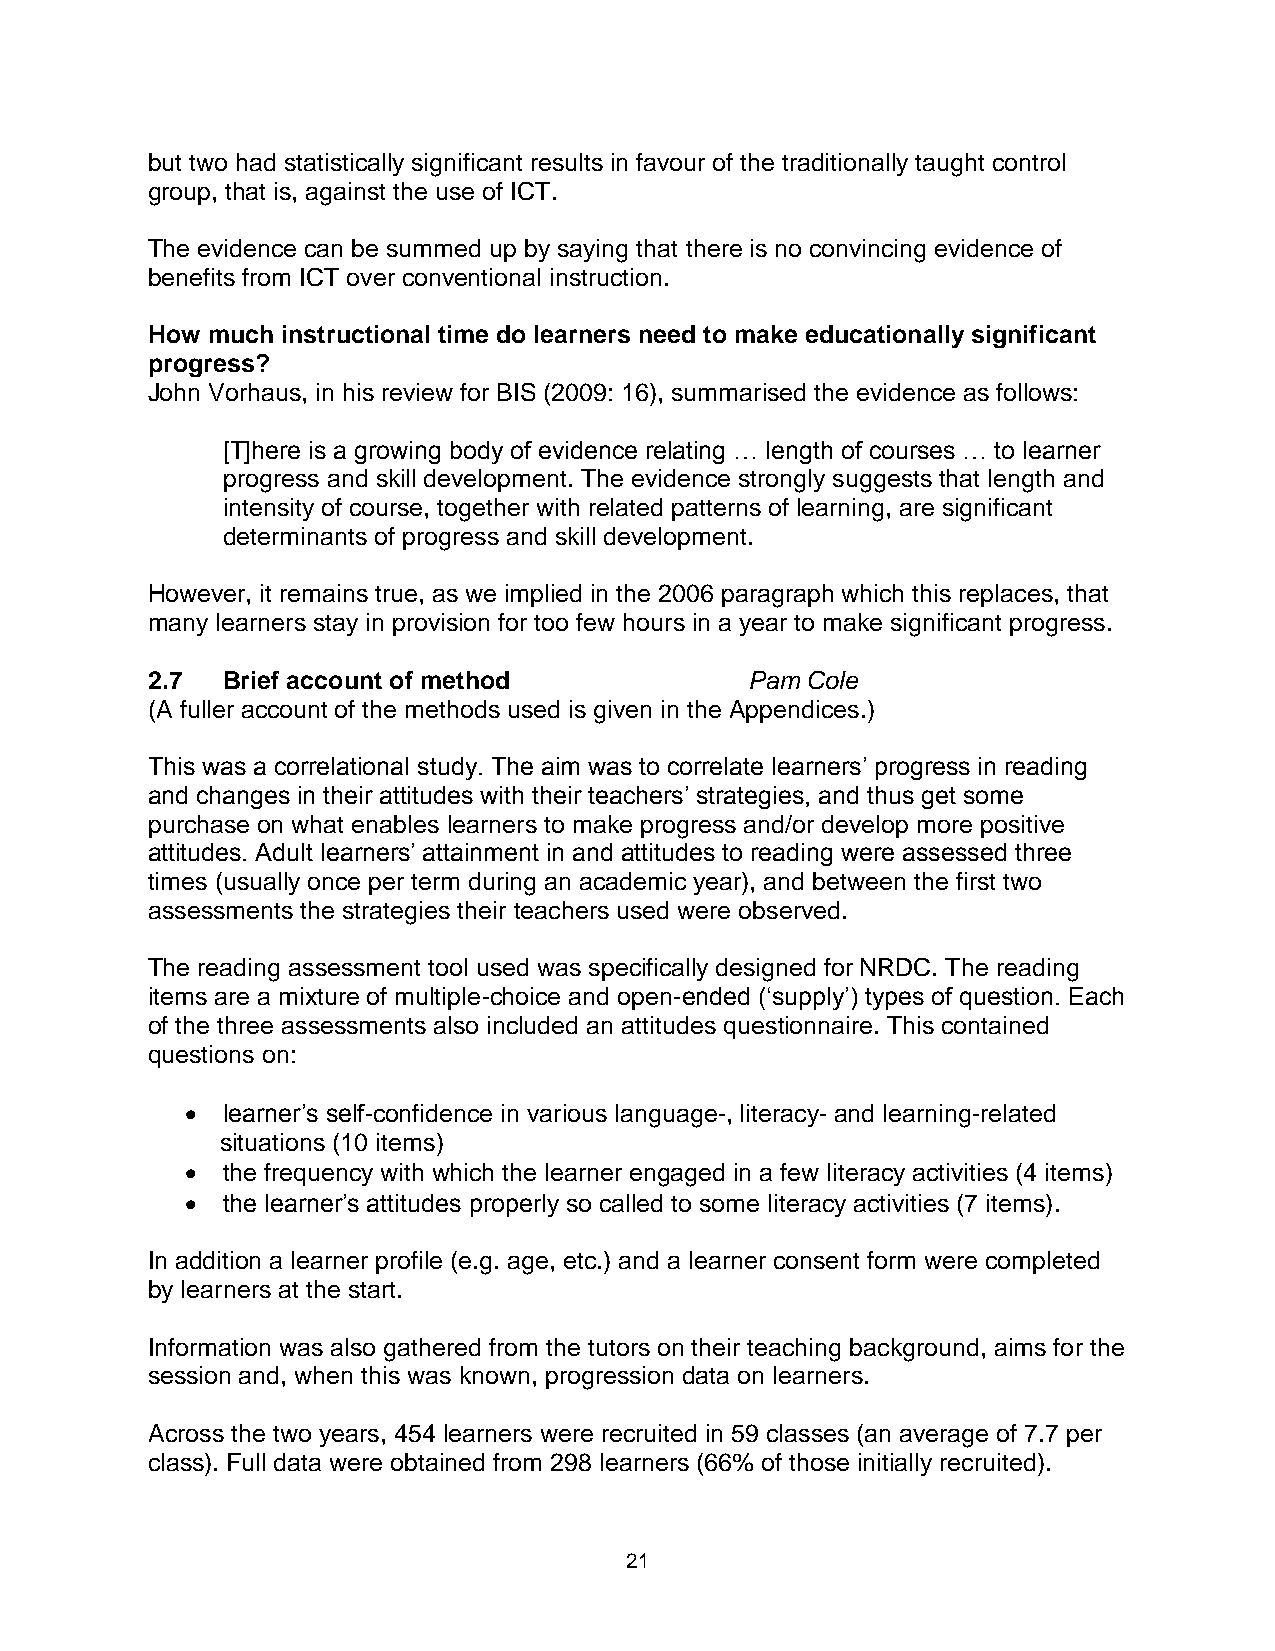
but two had statistically significant results in favour of the traditionally taught control
 group, that is, against the use of ICT.
 The evidence can be summed up by saying that there is no convincing evidence of
 benefits from ICT over conventional instruction.
 How much instructional time do learners need to make educationally significant
 progress?
 John Vorhaus, in his review for BIS (2009: 16), summarised the evidence as follows:
 [T]here is a growing body of evidence relating … length of courses … to learner
 progress and skill development. The evidence strongly suggests that length and
 intensity of course, together with related patterns of learning, are significant
 determinants of progress and skill development.
 However, it remains true, as we implied in the 2006 paragraph which this replaces, that
 many learners stay in provision for too few hours in a year to make significant progress.
 2.7  Brief account of method            Pam Cole
 (A fuller account of the methods used is given in the Appendices.)
 This was a correlational study. The aim was to correlate learners’ progress in reading
 and changes in their attitudes with their teachers’ strategies, and thus get some
 purchase on what enables learners to make progress and/or develop more positive
 attitudes. Adult learners’ attainment in and attitudes to reading were assessed three
 times (usually once per term during an academic year), and between the first two
 assessments the strategies their teachers used were observed.
 The reading assessment tool used was specifically designed for NRDC. The reading
 items are a mixture of multiple-choice and open-ended (‘supply’) types of question. Each
 of the three assessments also included an attitudes questionnaire. This contained
 questions on:
   learner’s self-confidence in various language-, literacy- and learning-related
 situations (10 items)
   the frequency with which the learner engaged in a few literacy activities (4 items)
   the learner’s attitudes properly so called to some literacy activities (7 items).
 In addition a learner profile (e.g. age, etc.) and a learner consent form were completed
 by learners at the start.
 Information was also gathered from the tutors on their teaching background, aims for the
 session and, when this was known, progression data on learners.
 Across the two years, 454 learners were recruited in 59 classes (an average of 7.7 per
 class). Full data were obtained from 298 learners (66% of those initially recruited).
 21